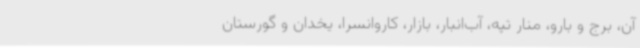
آن، برج و بارو، منار تپه، آب‌انبار، بازار، کاروانسرا، یخدان و گورستان